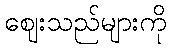
ဈေးသည်များကို